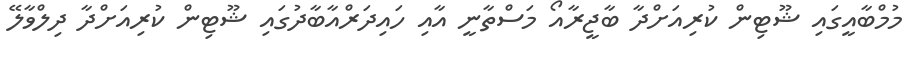
މުމްބާއީގައި ޝޫޓިން ކުރިއަށްދާ ބާޖީރާއޯ މަސްތާނީ އާއި ހައިދަރްއާބާދުގައި ޝޫޓިން ކުރިއަށްދާ ދިލްވާލޭ